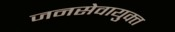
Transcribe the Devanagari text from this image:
जनसेवायुक्‍त